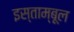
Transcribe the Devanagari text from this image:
इस्ताम्बूल